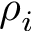
\rho _ { i }